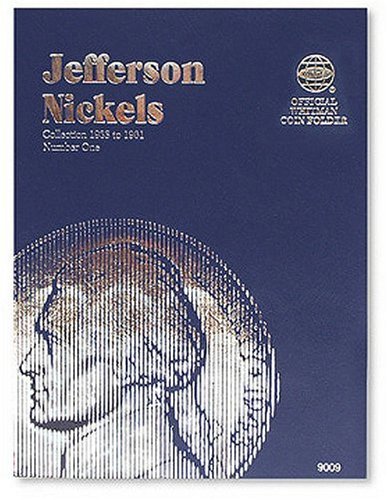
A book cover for Jefferson Nickels Folder 1938-1961 (Official Whitman Coin Folder); Whitman; Crafts, Hobbies & Home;